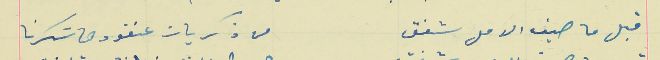
قبل ما صيف الامل شفق                                          من ذكريات عنقودها سَكرنا